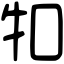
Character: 𤘘